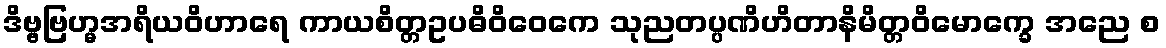
ဒိဗ္ဗဗြဟ္မအရိယဝိဟာရေ ကာယစိတ္တဥပဓိဝိဝေကေ သုညတပ္ပဏိဟိတာနိမိတ္တဝိမောက္ခေ အညေ စ